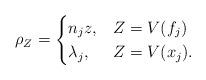
LaTeX: \begin{align*}\rho_{Z} = \begin{cases} n_jz, & Z = V(f_j) \\\lambda_j, & Z=V(x_j). \end{cases}\end{align*}